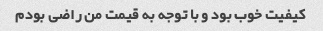
کیفیت خوب بود و با توجه به قیمت من راضی بودم